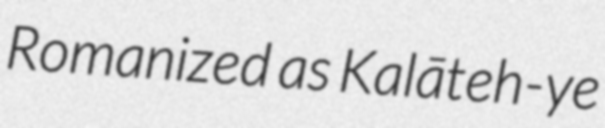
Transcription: Romanized as Kalāteh-ye